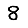
Digit: 8